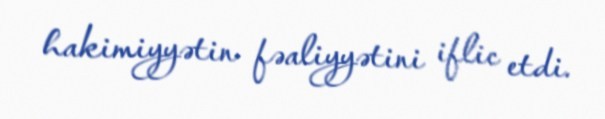
hakimiyyətin fəaliyyətini iflic etdi.